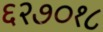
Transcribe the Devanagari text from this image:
६२७०१८